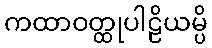
ကထာဝတ္ထုပါဠိယမ္ပိ